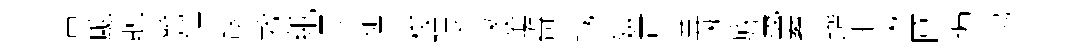
苦颷聴警鎮譲救紙黒笳迂梭隈篆隂奇域嫌可兾淅族蔑累躋拒湫圑遍塲